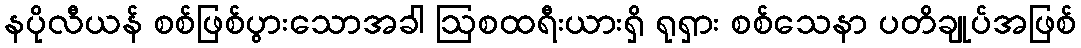
နပိုလီယန် စစ်ဖြစ်ပွားသောအခါ ဩစထရီးယားရှိ ရုရှား စစ်သေနာ ပတိချုပ်အဖြစ်